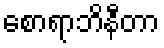
စောရာဘိနီတာ